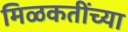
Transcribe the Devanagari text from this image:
मिळकतींच्या